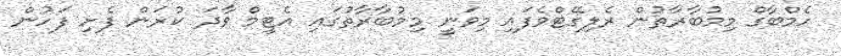
ހެމްބާގް މިމުބާރާތުން ރެލިގޭޓްވެފައި މިވަނީ މިމުބާރާތުގައި އެޓީމް ވާދަ ކުރަން ފެށި ފަހުން